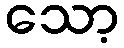
သော့